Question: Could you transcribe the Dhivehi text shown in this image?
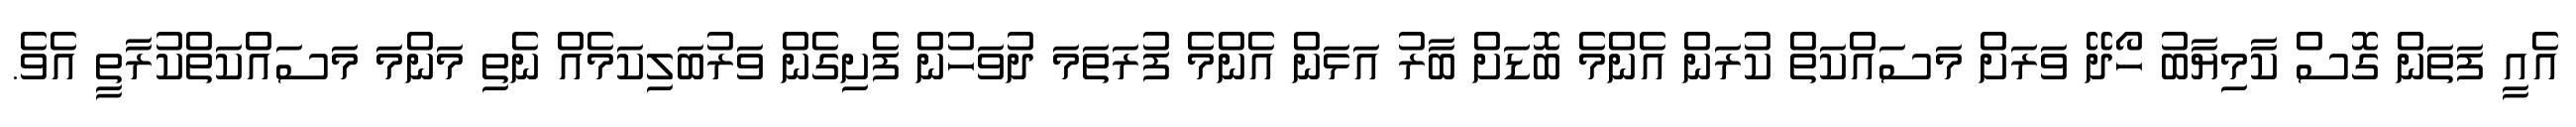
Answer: އެއީ ފަތަން ގޮސް ކާމިޔާބު ހޯދޭ ވަރަށް މަސައްކަތް ކުރަން އެންމެ ބޮޑަށް ބާރު އަޅަން އެންމެ ފުރަތަމަ ދުވަހުން ފެށިގެން ވަރުބަލިކަމެއް ނެތި މަންމަ މަސައްކަތްކުރާތީ އެވެ.